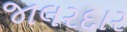
જાલરદાર